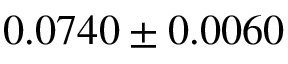
0 . 0 7 4 0 \pm 0 . 0 0 6 0